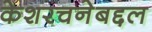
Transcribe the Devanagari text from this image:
केशरचनेबद्दल